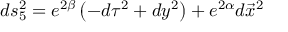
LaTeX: d s _ { 5 } ^ { 2 } = e ^ { 2 \beta } \left( - d \tau ^ { 2 } + d y ^ { 2 } \right) + e ^ { 2 \alpha } d \vec { x } ^ { 2 }